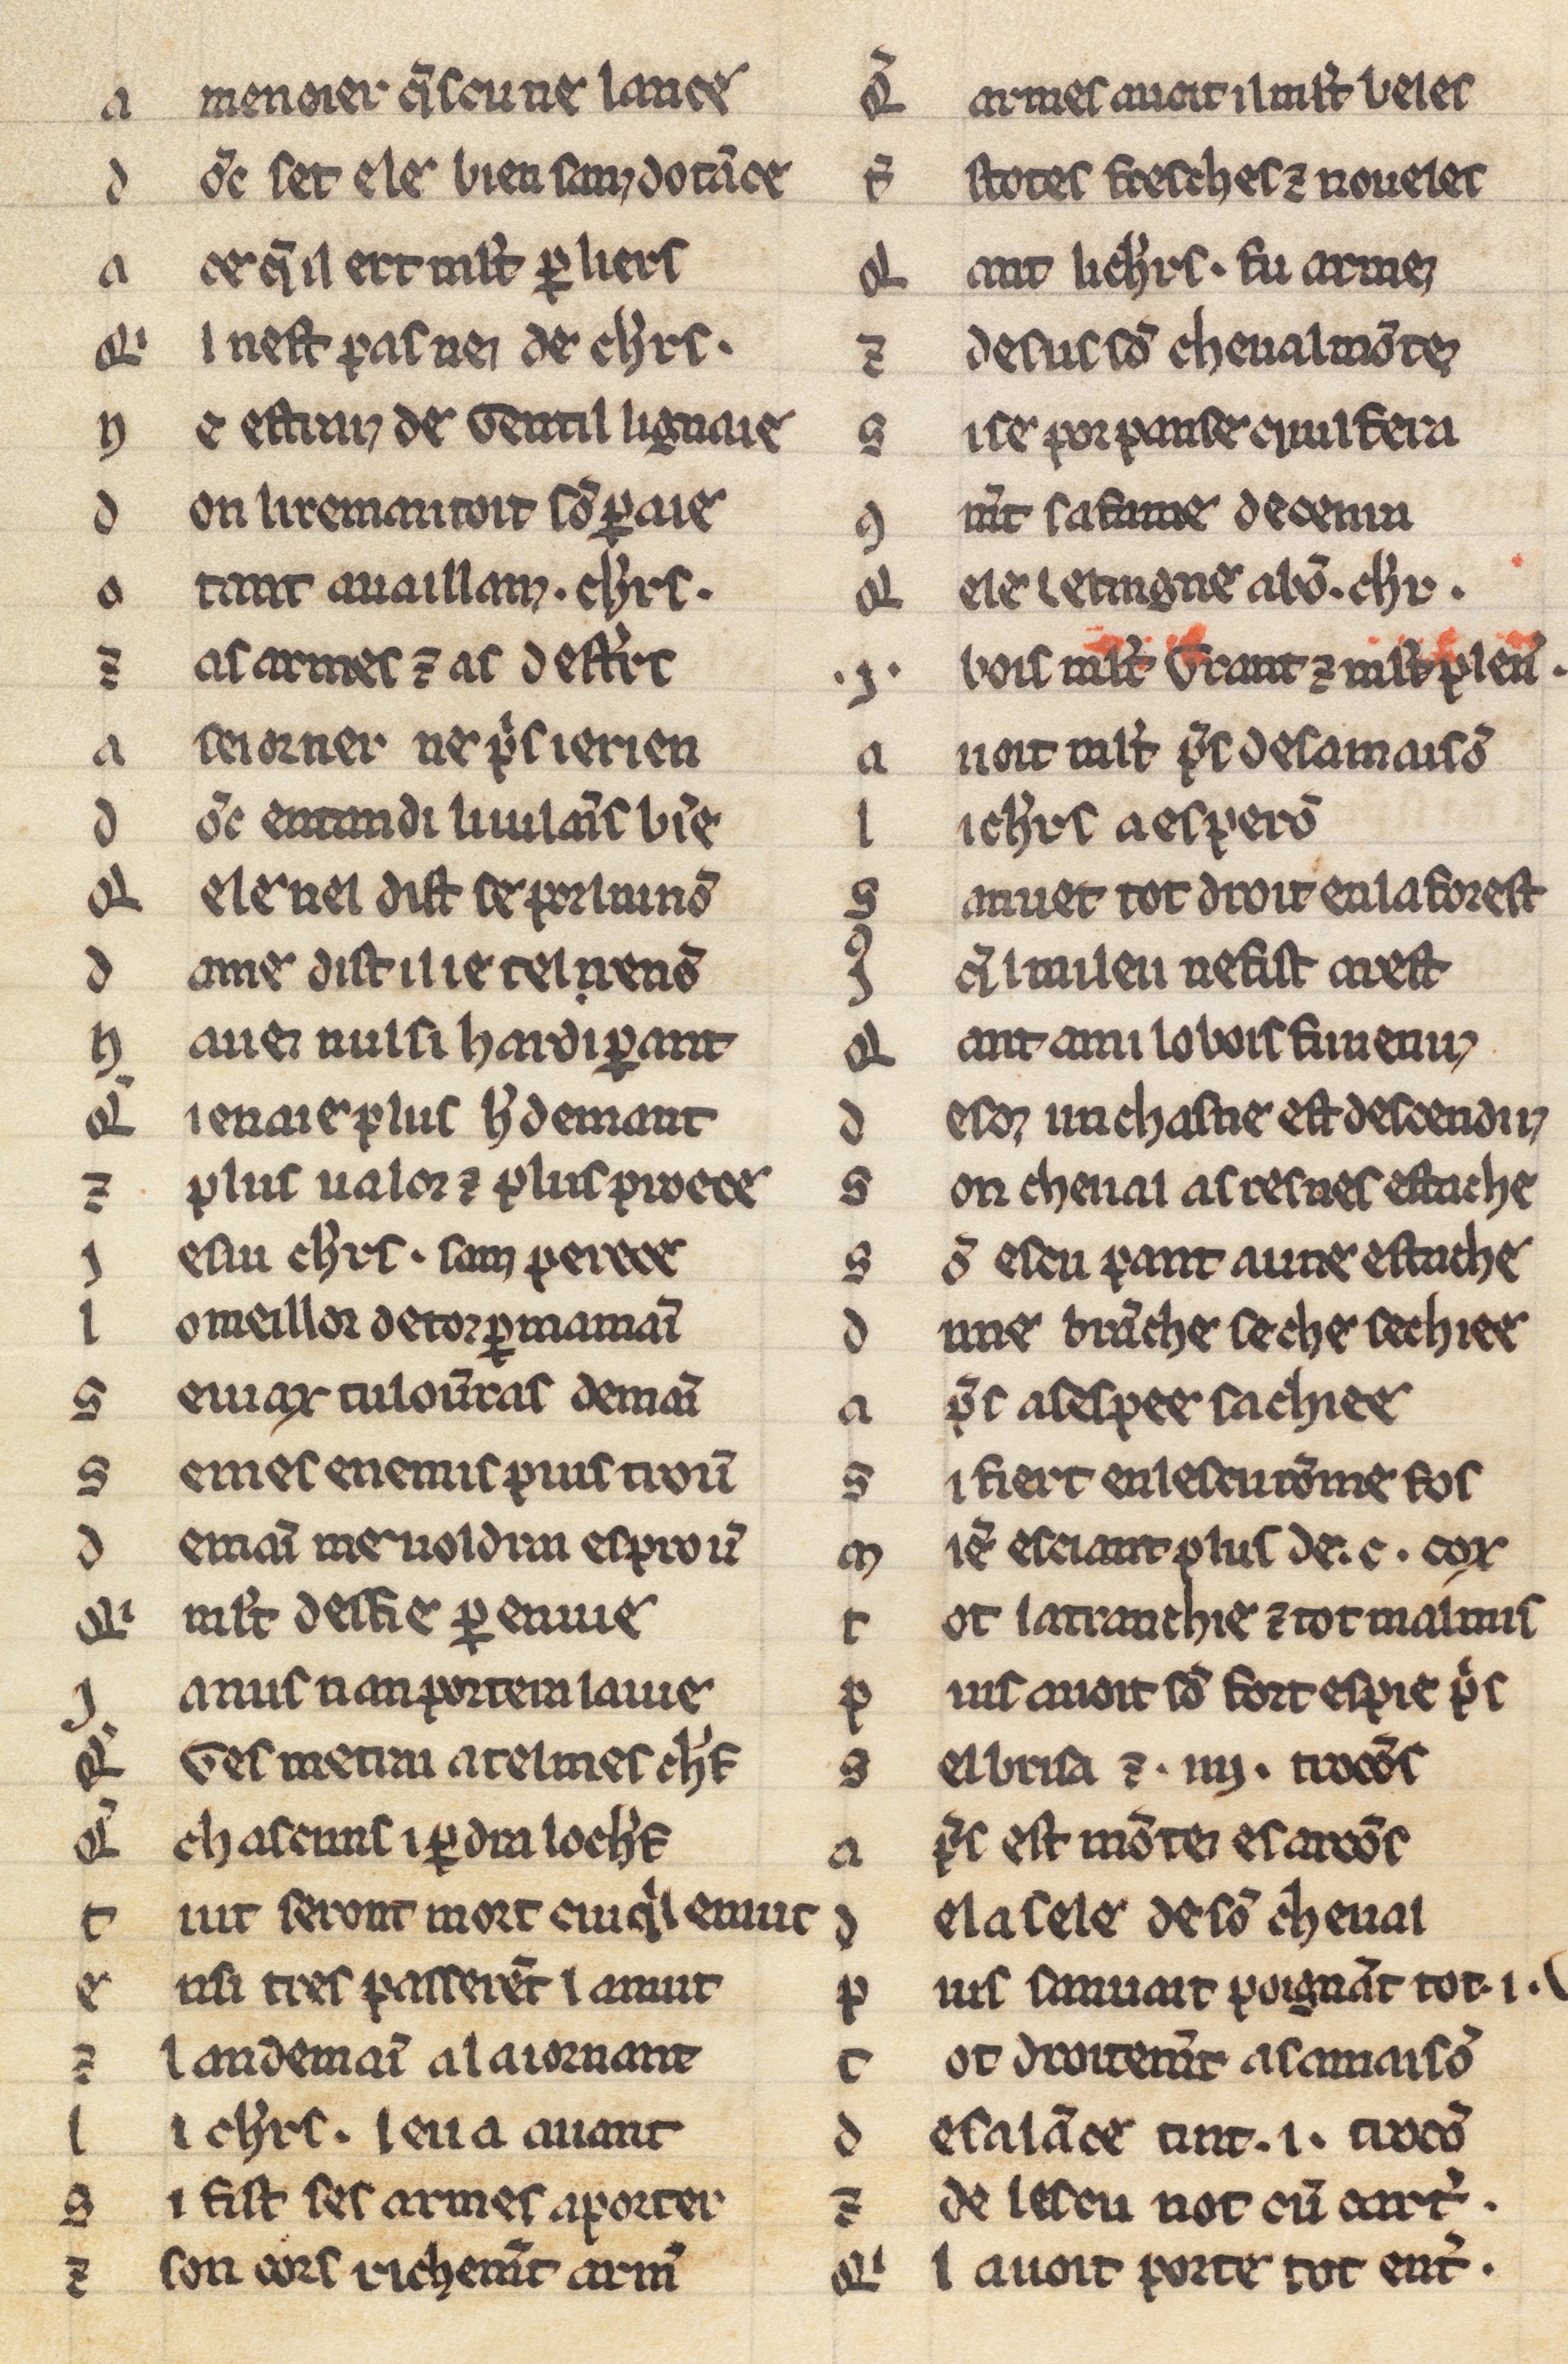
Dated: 1225–1249